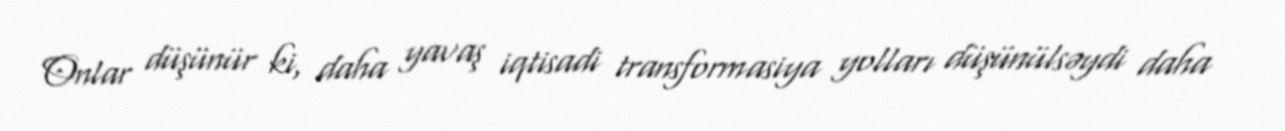
Onlar düşünür ki, daha yavaş iqtisadi transformasiya yolları düşünülsəydi daha